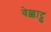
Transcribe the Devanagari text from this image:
वेळ्ळाट्टु